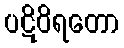
ပဋိဝိရတော